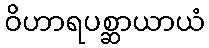
ဝိဟာရပစ္ဆာယာယံ